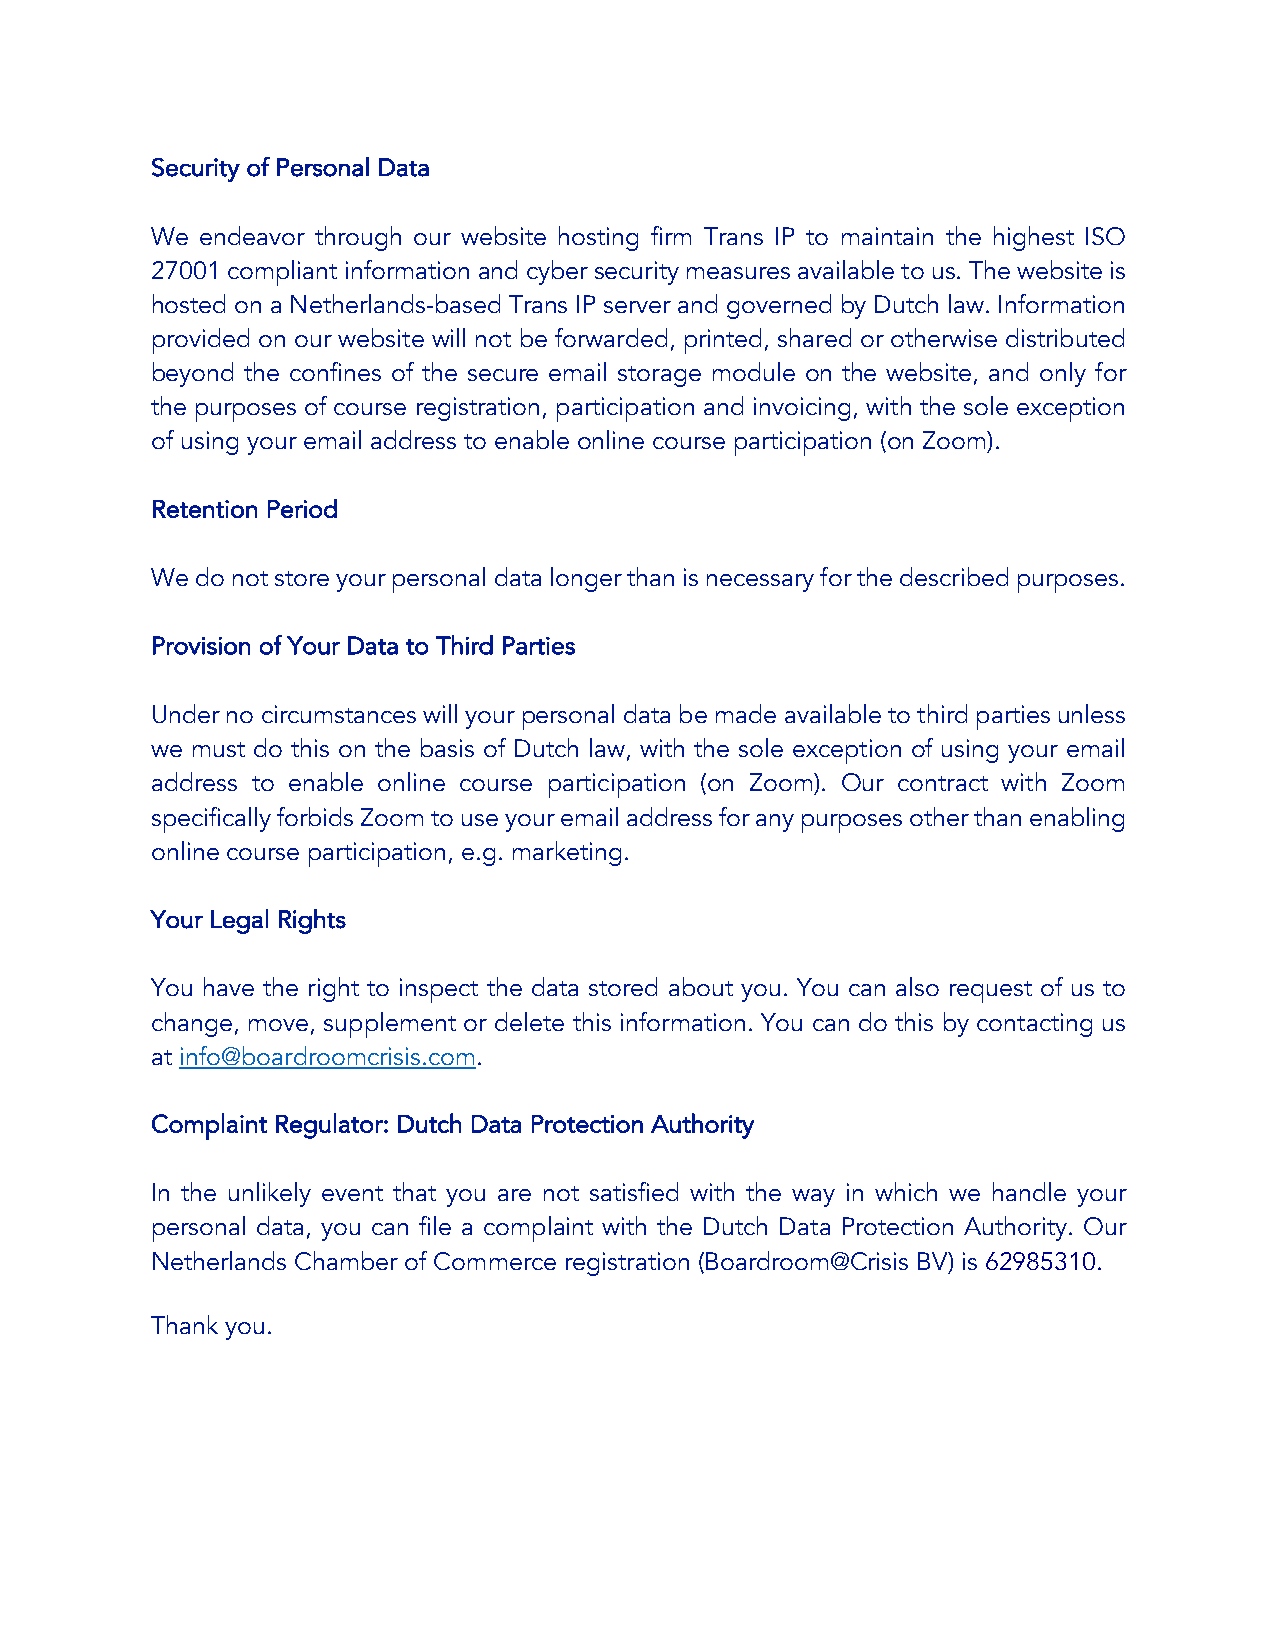
Security of Personal Data
 We endeavor through our website hosting firm Trans IP to maintain the highest ISO
 27001 compliant information and cyber security measures available to us. The website is
 hosted on a Netherlands-based Trans IP server and governed by Dutch law. Information
 provided on our website will not be forwarded, printed, shared or otherwise distributed
 beyond the confines of the secure email storage module on the website, and only for
 the purposes of course registration, participation and invoicing, with the sole exception
 of using your email address to enable online course participation (on Zoom).
 Retention Period
 We do not store your personal data longer than is necessary for the described purposes.
 Provision of Your Data to Third Parties
 Under no circumstances will your personal data be made available to third parties unless
 we must do this on the basis of Dutch law, with the sole exception of using your email
 address to enable online course participation (on Zoom). Our contract with Zoom
 specifically forbids Zoom to use your email address for any purposes other than enabling
 online course participation, e.g. marketing.
 Your Legal Rights
 You have the right to inspect the data stored about you. You can also request of us to
 change, move, supplement or delete this information. You can do this by contacting us
 at info@boardroomcrisis.com.
 Complaint Regulator: Dutch Data Protection Authority
 In the unlikely event that you are not satisfied with the way in which we handle your
 personal data, you can file a complaint with the Dutch Data Protection Authority. Our
 Netherlands Chamber of Commerce registration (Boardroom@Crisis BV) is 62985310.
 Thank you.